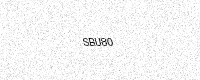
Text: SBU80